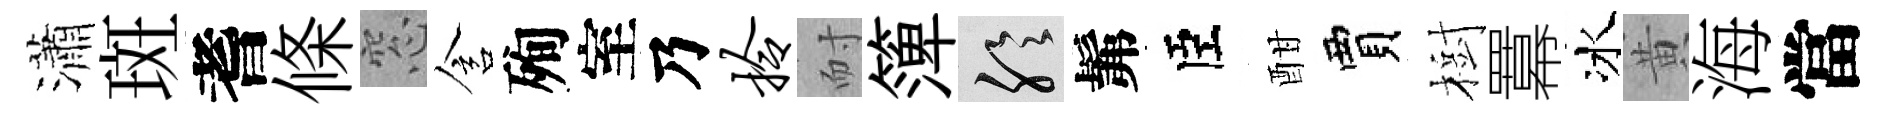
瀟斑耆條窓含殉室乃拎耐𥱼聆髴臣酣賈樹羃冰黄海當